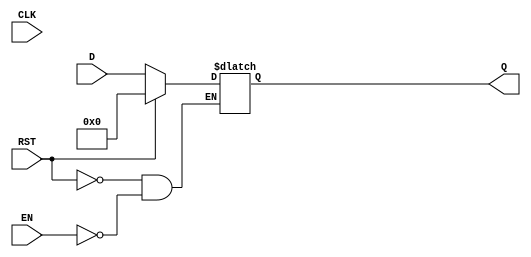
module StageRegister #(
    parameter WIDTH = 8 // Define width of the register
)(
    input wire [WIDTH-1:0] D,    // Data Input
    input wire CLK,               // Clock Input
    input wire RST,               // Reset Input
    input wire EN,                // Enable Input
    output reg [WIDTH-1:0] Q      // Data Output
);

    // Asynchronous Reset and Enable
    always @(*) begin
        if (RST) begin
            Q <= 0; // Reset the register to zero
        end else if (EN) begin
            Q <= D; // Capture data on enable
        end 
        // Else, retain the previous value of Q
    end

    // Alternative implementation with synchronous reset
    /*
    always @(posedge CLK) begin
        if (RST) begin
            Q <= 0; // Reset the register to zero
        end else if (EN) begin
            Q <= D; // Capture data on enable
        end 
        // Else, retain the previous value of Q
    end
    */

endmodule